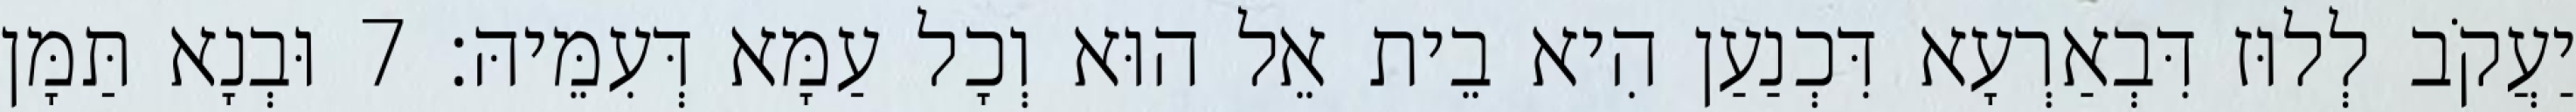
יַעֲקֹב לְלוּז דִּבְאַרְעָא דִּכְנַעַן הִיא בֵית אֵל הוּא וְכָל עַמָּא דְּעִמֵּיהּ׃ 7 וּבְנָא תַּמָּן